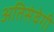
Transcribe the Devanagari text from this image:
अतिसंवेगी